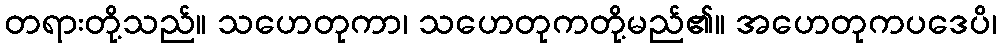
တရားတို့သည်။ သဟေတုကာ၊ သဟေတုကတို့မည်၏။ အဟေတုကပဒေပိ၊